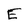
Character: E